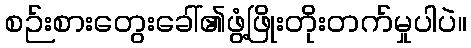
စဉ်းစားတွေးခေါ်၏ဖွံ့ဖြိုးတိုးတက်မှုပါပဲ။